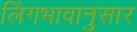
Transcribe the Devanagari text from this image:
लिंगभावानुसार